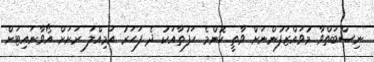
ނިސްބަތްވާ މުވައްޒަފުންނަށް ވާތީ ކޮންމެ ހަފުތާއަކު ދެ ފަހަރު އަމިއްލަ ރަށަށް އޯވާނައިޓަށް